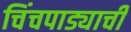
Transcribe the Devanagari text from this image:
चिंचपाड्याची